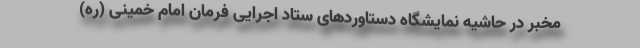
مخبر در حاشیه نمایشگاه دستاوردهای ستاد اجرایی فرمان امام خمینی (ره)